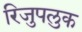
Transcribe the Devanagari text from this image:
रिजुपलुक